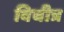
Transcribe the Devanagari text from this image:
विचीत्र